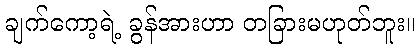
ချက်ကော့ရဲ့ ခွန်အားဟာ တခြားမဟုတ်ဘူး။